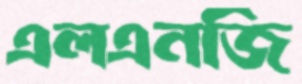
এলএনজি